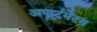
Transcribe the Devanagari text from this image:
अपार्टमेंटस